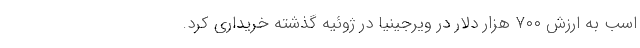
اسب به ارزش ۷۰۰ هزار دلار در ویرجینیا در ژوئیه گذشته خریداری کرد.